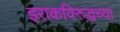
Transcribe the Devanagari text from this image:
इराकविरुद्धच्या